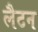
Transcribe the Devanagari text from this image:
लैटन